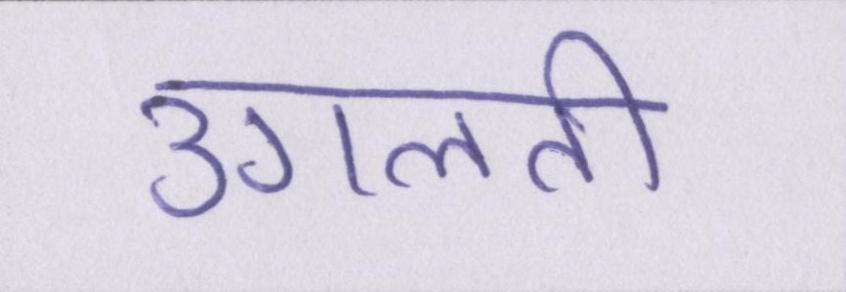
उगलती